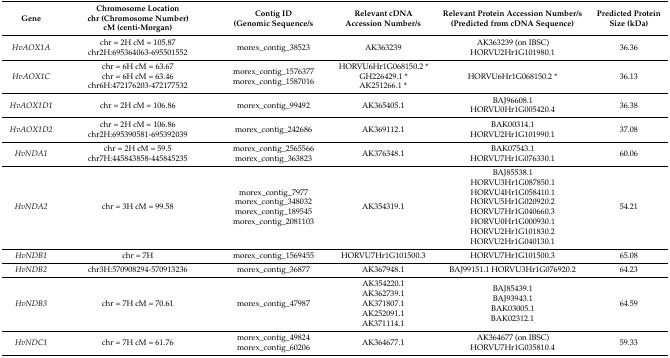
<table><thead><tr><td><b>Gene</b></td><td><b>Chromosome Locationchr (Chromosome Number)cM (centi-Morgan)</b></td><td><b>Contig ID (Genomic Sequence/s</b></td><td><b>Relevant cDNA Accession Number/s</b></td><td><b>Relevant Protein Accession Number/s (Predicted from cDNA Sequence)</b></td><td><b>Predicted Protein Size (kDa)</b></td></tr></thead><tbody><tr><td><i>HvAOX1A</i></td><td>chr = 2H cM = 105.87chr2H:695364063-695501552</td><td>morex_contig_38523</td><td>AK363239</td><td>AK363239 (on IBSC)HORVU2Hr1G101980.1</td><td>36.36</td></tr><tr><td><i>HvAOX1C</i></td><td>chr = 6H cM = 63.67chr = 6H cM = 63.46chr6H:472176203-472177532</td><td>morex_contig_1576377morex_contig_1587016</td><td>HORVU6Hr1G068150.2 *GH226429.1 *AK251266.1 *</td><td>HORVU6Hr1G068150.2 *</td><td>36.13</td></tr><tr><td><i>HvAOX1D1</i></td><td>chr = 2H cM = 106.86</td><td>morex_contig_99492</td><td>AK365405.1</td><td>BAJ96608.1HORVU0Hr1G005420.4</td><td>36.38</td></tr><tr><td><i>HvAOX1D2</i></td><td>chr = 2H cM = 106.86chr2H:695390581-695392039</td><td>morex_contig_242686</td><td>AK369112.1</td><td>BAK00314.1HORVU2Hr1G101990.1</td><td>37.08</td></tr><tr><td><i>HvNDA1</i></td><td>chr = 2H cM = 59.5chr7H:445843858-445845235</td><td>morex_contig_2565566morex_contig_363823</td><td>AK376348.1</td><td>BAK07543.1HORVU7Hr1G076330.1</td><td>60.06</td></tr><tr><td><i>HvNDA2</i></td><td>chr = 3H cM = 99.58</td><td>morex_contig_7977morex_contig_348032morex_contig_189545morex_contig_2081103</td><td>AK354319.1</td><td>BAJ85538.1HORVU3Hr1G087850.1HORVU4Hr1G058410.1HORVU5Hr1G020920.2HORVU7Hr1G040660.3HORVU0Hr1G000930.1HORVU2Hr1G101830.2HORVU2Hr1G040130.1</td><td>54.21</td></tr><tr><td><i>HvNDB1</i></td><td>chr = 7H</td><td>morex_contig_1569455</td><td>HORVU7Hr1G101500.3</td><td>HORVU7Hr1G101500.3</td><td>65.08</td></tr><tr><td><i>HvNDB2</i></td><td>chr3H:570908294-570913236</td><td>morex_contig_36877</td><td>AK367948.1</td><td>BAJ99151.1 HORVU3Hr1G076920.2</td><td>64.23</td></tr><tr><td><i>HvNDB3</i></td><td>chr = 7H cM = 70.61</td><td>morex_contig_47987</td><td>AK354220.1AK362739.1AK371807.1AK252091.1AK371114.1</td><td>BAJ85439.1BAJ93943.1BAK03005.1BAK02312.1</td><td>64.59</td></tr><tr><td><i>HvNDC1</i></td><td>chr = 7H cM = 61.76</td><td>morex_contig_49824morex_contig_60206</td><td>AK364677.1</td><td>AK364677 (on IBSC)HORVU7Hr1G035810.4</td><td>59.33</td></tr></tbody></table>